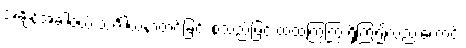
အချိန်အခါဝယ် သင်္ဂါယနာတင်ခြင်း စသည်ဖြင့် ထထကြွကြွ ရှိကြ၍လည်းကောင်း